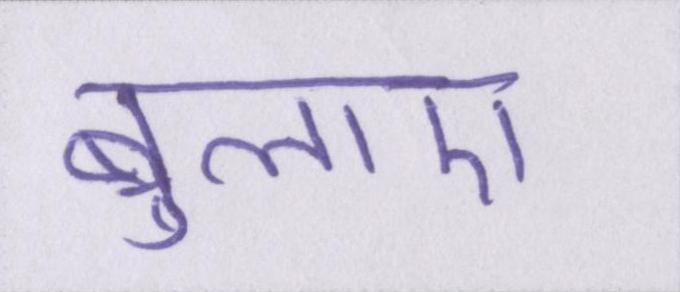
बुलाए